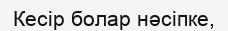
Кесір болар нәсіпке,